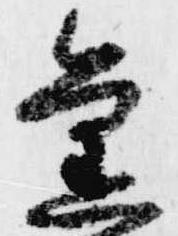
旧